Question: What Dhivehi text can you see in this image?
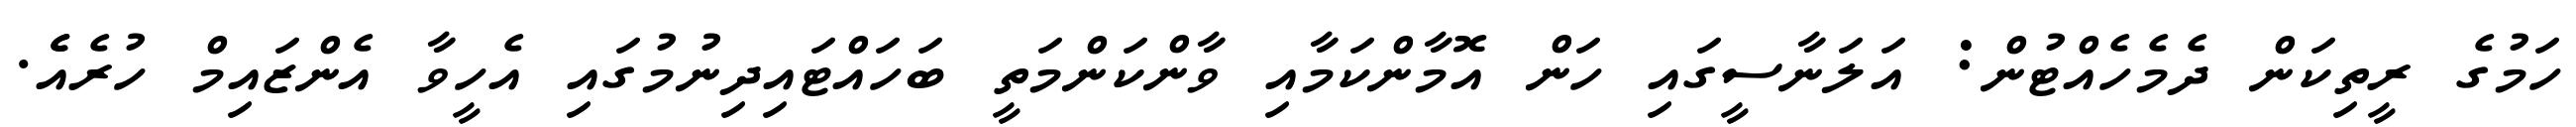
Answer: ހަމުގެ ރީތިކަން ދެމެހެއްޓުން: އަލަނާސީގައި ހަން އޮމާންކަމާއި ވާންކަންމަތީ ބަހައްޓައިދިނުމުގައި އެހީވާ އެންޒައިމް ހުރެއެެ.